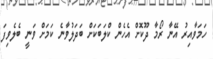
ހަމަވާއިރު އޭނާ ރޯމާ ދޫކޮށް އެހެން ކްލަބަކަށް ބަދަލުވާނެ ކަމަށް ވަނީ ބެލެވިފަ